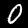
Digit: 0